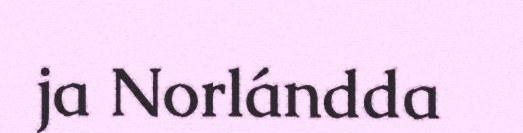
ja Norlándda